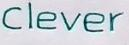
Clever